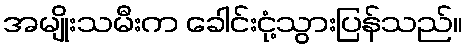
အမျိုးသမီးက ခေါင်းငုံ့သွားပြန်သည်။